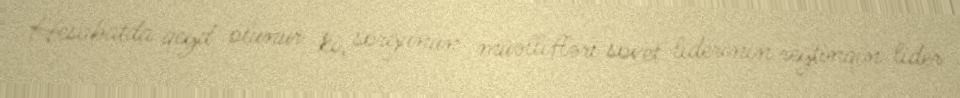
Hesabatda qeyd olunur ki, sorğunun müəllifləri sovet liderinin reytinqin lider